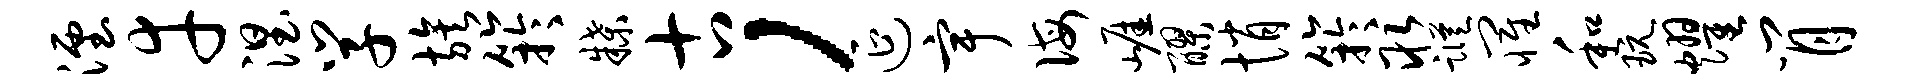
湮幸涅学族竽牒古，延宇诲崖醪悄竽取踪罹和玩耀肖